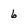
Character: 6